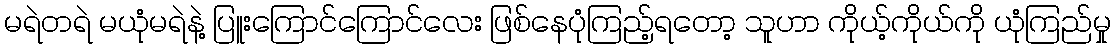
မရဲတရဲ မယုံမရဲနဲ့ ပြူးကြောင်ကြောင်လေး ဖြစ်နေပုံကြည့်ရတော့ သူဟာ ကိုယ့်ကိုယ်ကို ယုံကြည်မှု